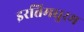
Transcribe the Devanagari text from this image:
इरत्तिमधुरम